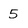
Character: 5